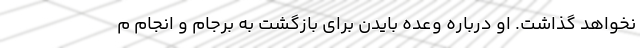
نخواهد گذاشت. او درباره وعده بایدن برای بازگشت به برجام و انجام م